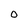
Character: 0